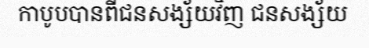
កាបូបបានពីជនសង្ស័យវិញ ជនសង្ស័យ